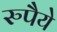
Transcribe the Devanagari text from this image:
रुपैये